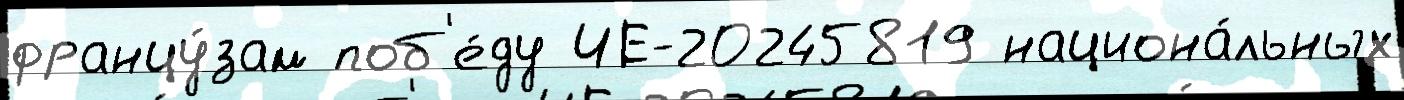
францу́зам поб'е́ду ЧЕ-20245819 национа́льных